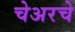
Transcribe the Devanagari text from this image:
चेअरचे